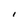
Character: I